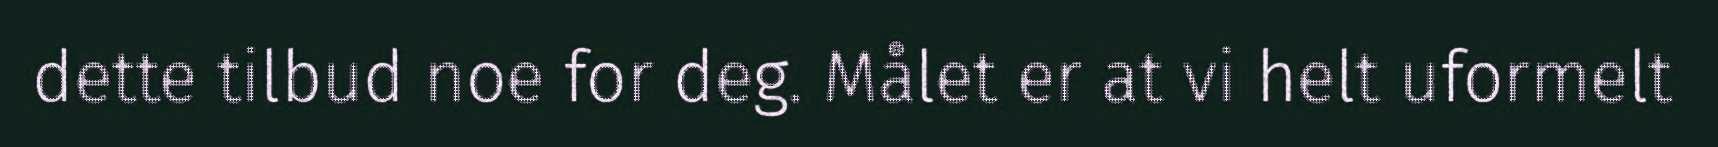
dette tilbud noe for deg. Målet er at vi helt uformelt